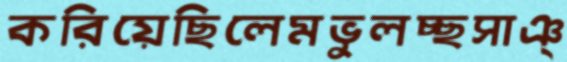
করিয়েছিলেমভুলচ্ছসাঞ্